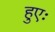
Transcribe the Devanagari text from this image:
हुएः